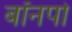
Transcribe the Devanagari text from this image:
बॉनपो